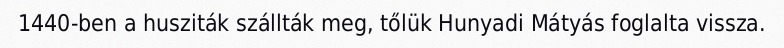
1440-ben a husziták szállták meg, tőlük Hunyadi Mátyás foglalta vissza.